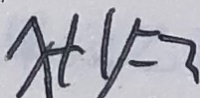
x + y = 3